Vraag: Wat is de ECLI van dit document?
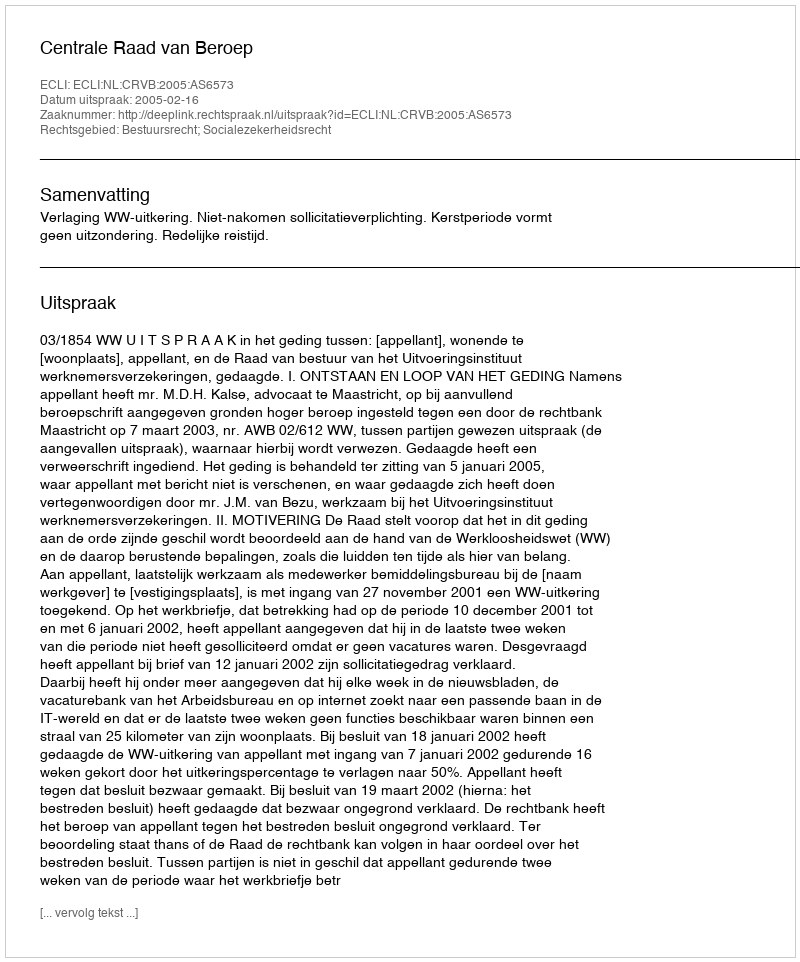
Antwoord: ECLI:NL:CRVB:2005:AS6573